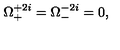
\Omega _ { + } ^ { + 2 i } = \Omega _ { - } ^ { - 2 i } = 0 ,